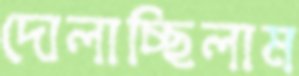
দোলাচ্ছিলাম